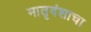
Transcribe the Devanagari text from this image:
मातृवंशाचा